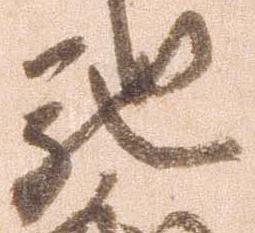
馳